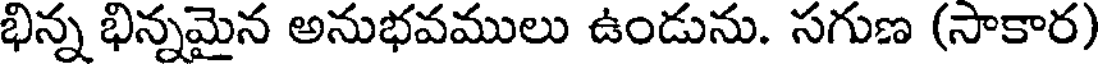
భిన్న భిన్నమైన అనుభవములు ఉండును. సగుణ (సాకార)